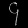
Digit: ၄